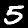
Label: 5